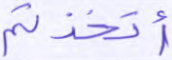
أتخذتم